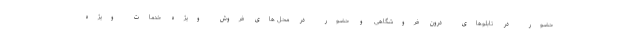
حضور در تابلوهای درون فروشگاهی و حضور در محل های فروش ویژه خدمات ویژه